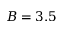
B = 3 . 5